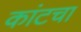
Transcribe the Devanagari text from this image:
कांटचा